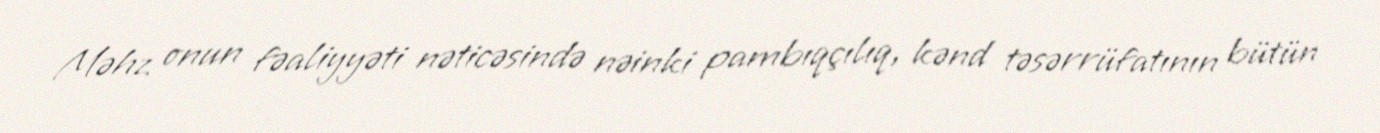
Məhz onun fəaliyyəti nəticəsində nəinki pambıqçılıq, kənd təsərrüfatının bütün